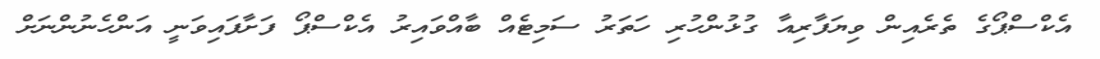
އެކްސްޕޯގެ ތެރެއިން ވިޔަފާރިއާ ގުޅުންހުރި ހަތަރު ސަމިޓެއް ބާއްވައިރު އެކްސްޕޯ ފަށާފައިވަނީ އަންހެނުންނަށް